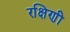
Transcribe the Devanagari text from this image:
रक्षिणी